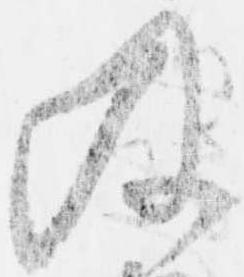
及